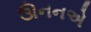
ઊનનએ